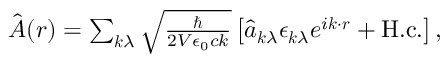
\begin{array} { r } { \hat { \boldsymbol { A } } ( \boldsymbol { r } ) = \sum _ { \boldsymbol { k } \lambda } \sqrt { \frac { \hbar } { 2 V \epsilon _ { 0 } c k } } \left[ \hat { a } _ { \boldsymbol { k } \lambda } \boldsymbol { \epsilon } _ { \boldsymbol { k } \lambda } e ^ { i \boldsymbol { k } \cdot \boldsymbol { r } } + \mathrm { H . c . } \right] , } \end{array}